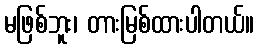
မဖြစ်ဘူး၊ တားမြစ်ထားပါတယ်။